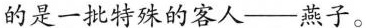
的是一批特殊的客人---燕子。